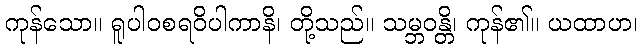
ကုန်သော။ ရူပါဝစရဝိပါကာနိ၊ တို့သည်။ သမ္ဘဝန္တိ၊ ကုန်၏။ ယထာဟ၊